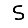
Digit: 5